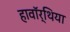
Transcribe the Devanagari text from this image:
हावॉर्थिया